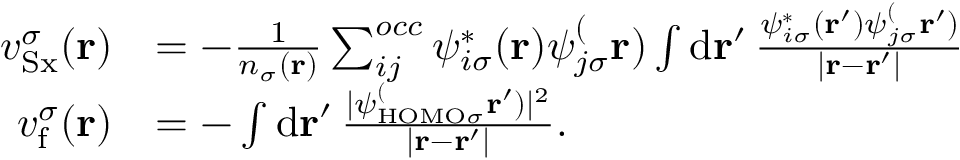
\begin{array} { r l } { v _ { \mathrm { S x } } ^ { \sigma } ( \mathbf { r } ) } & { = - \frac { 1 } { n _ { \sigma } ( \mathbf { r } ) } \sum _ { i j } ^ { o c c } \psi _ { i \sigma } ^ { \ast } ( \mathbf { r } ) \psi _ { j \sigma } ^ ( \mathbf { r } ) \int \mathrm { d } \mathbf { r } ^ { \prime } \, \frac { \psi _ { i \sigma } ^ { \ast } ( \mathbf { r } ^ { \prime } ) \psi _ { j \sigma } ^ ( \mathbf { r } ^ { \prime } ) } { \vert \mathbf { r } - \mathbf { r } ^ { \prime } \vert } } \\ { v _ { \mathrm { f } } ^ { \sigma } ( \mathbf { r } ) } & { = - \int \mathrm { d } \mathbf { r } ^ { \prime } \, \frac { \vert \psi _ { \mathrm { H O M O } \sigma } ^ ( \mathbf { r } ^ { \prime } ) \vert ^ { 2 } } { \vert \mathbf { r } - \mathbf { r } ^ { \prime } \vert } . } \end{array}